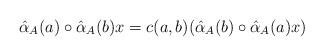
LaTeX: \begin{align*} \hat{\alpha}_{A}(a)\circ \hat{\alpha}_{A}(b)x = c(a,b)(\hat{\alpha}_{A}(b)\circ \hat{\alpha}_{A}(a)x)\end{align*}